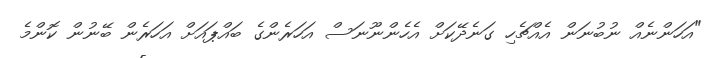
"އަހަންނެއް ނުބުނަން އެއްޗެހި ގަނެދޭކަށް އެހެންނޫނަސް އަހަރެންގެ ބައްޕައަށް އަހަރެން ބޭނުން ކޮންމެ